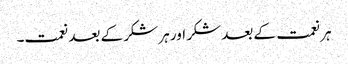
ہر نعمت کے بعد شکر اور ہر شکر کے بعد نعمت۔